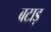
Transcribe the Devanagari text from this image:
बटाड़